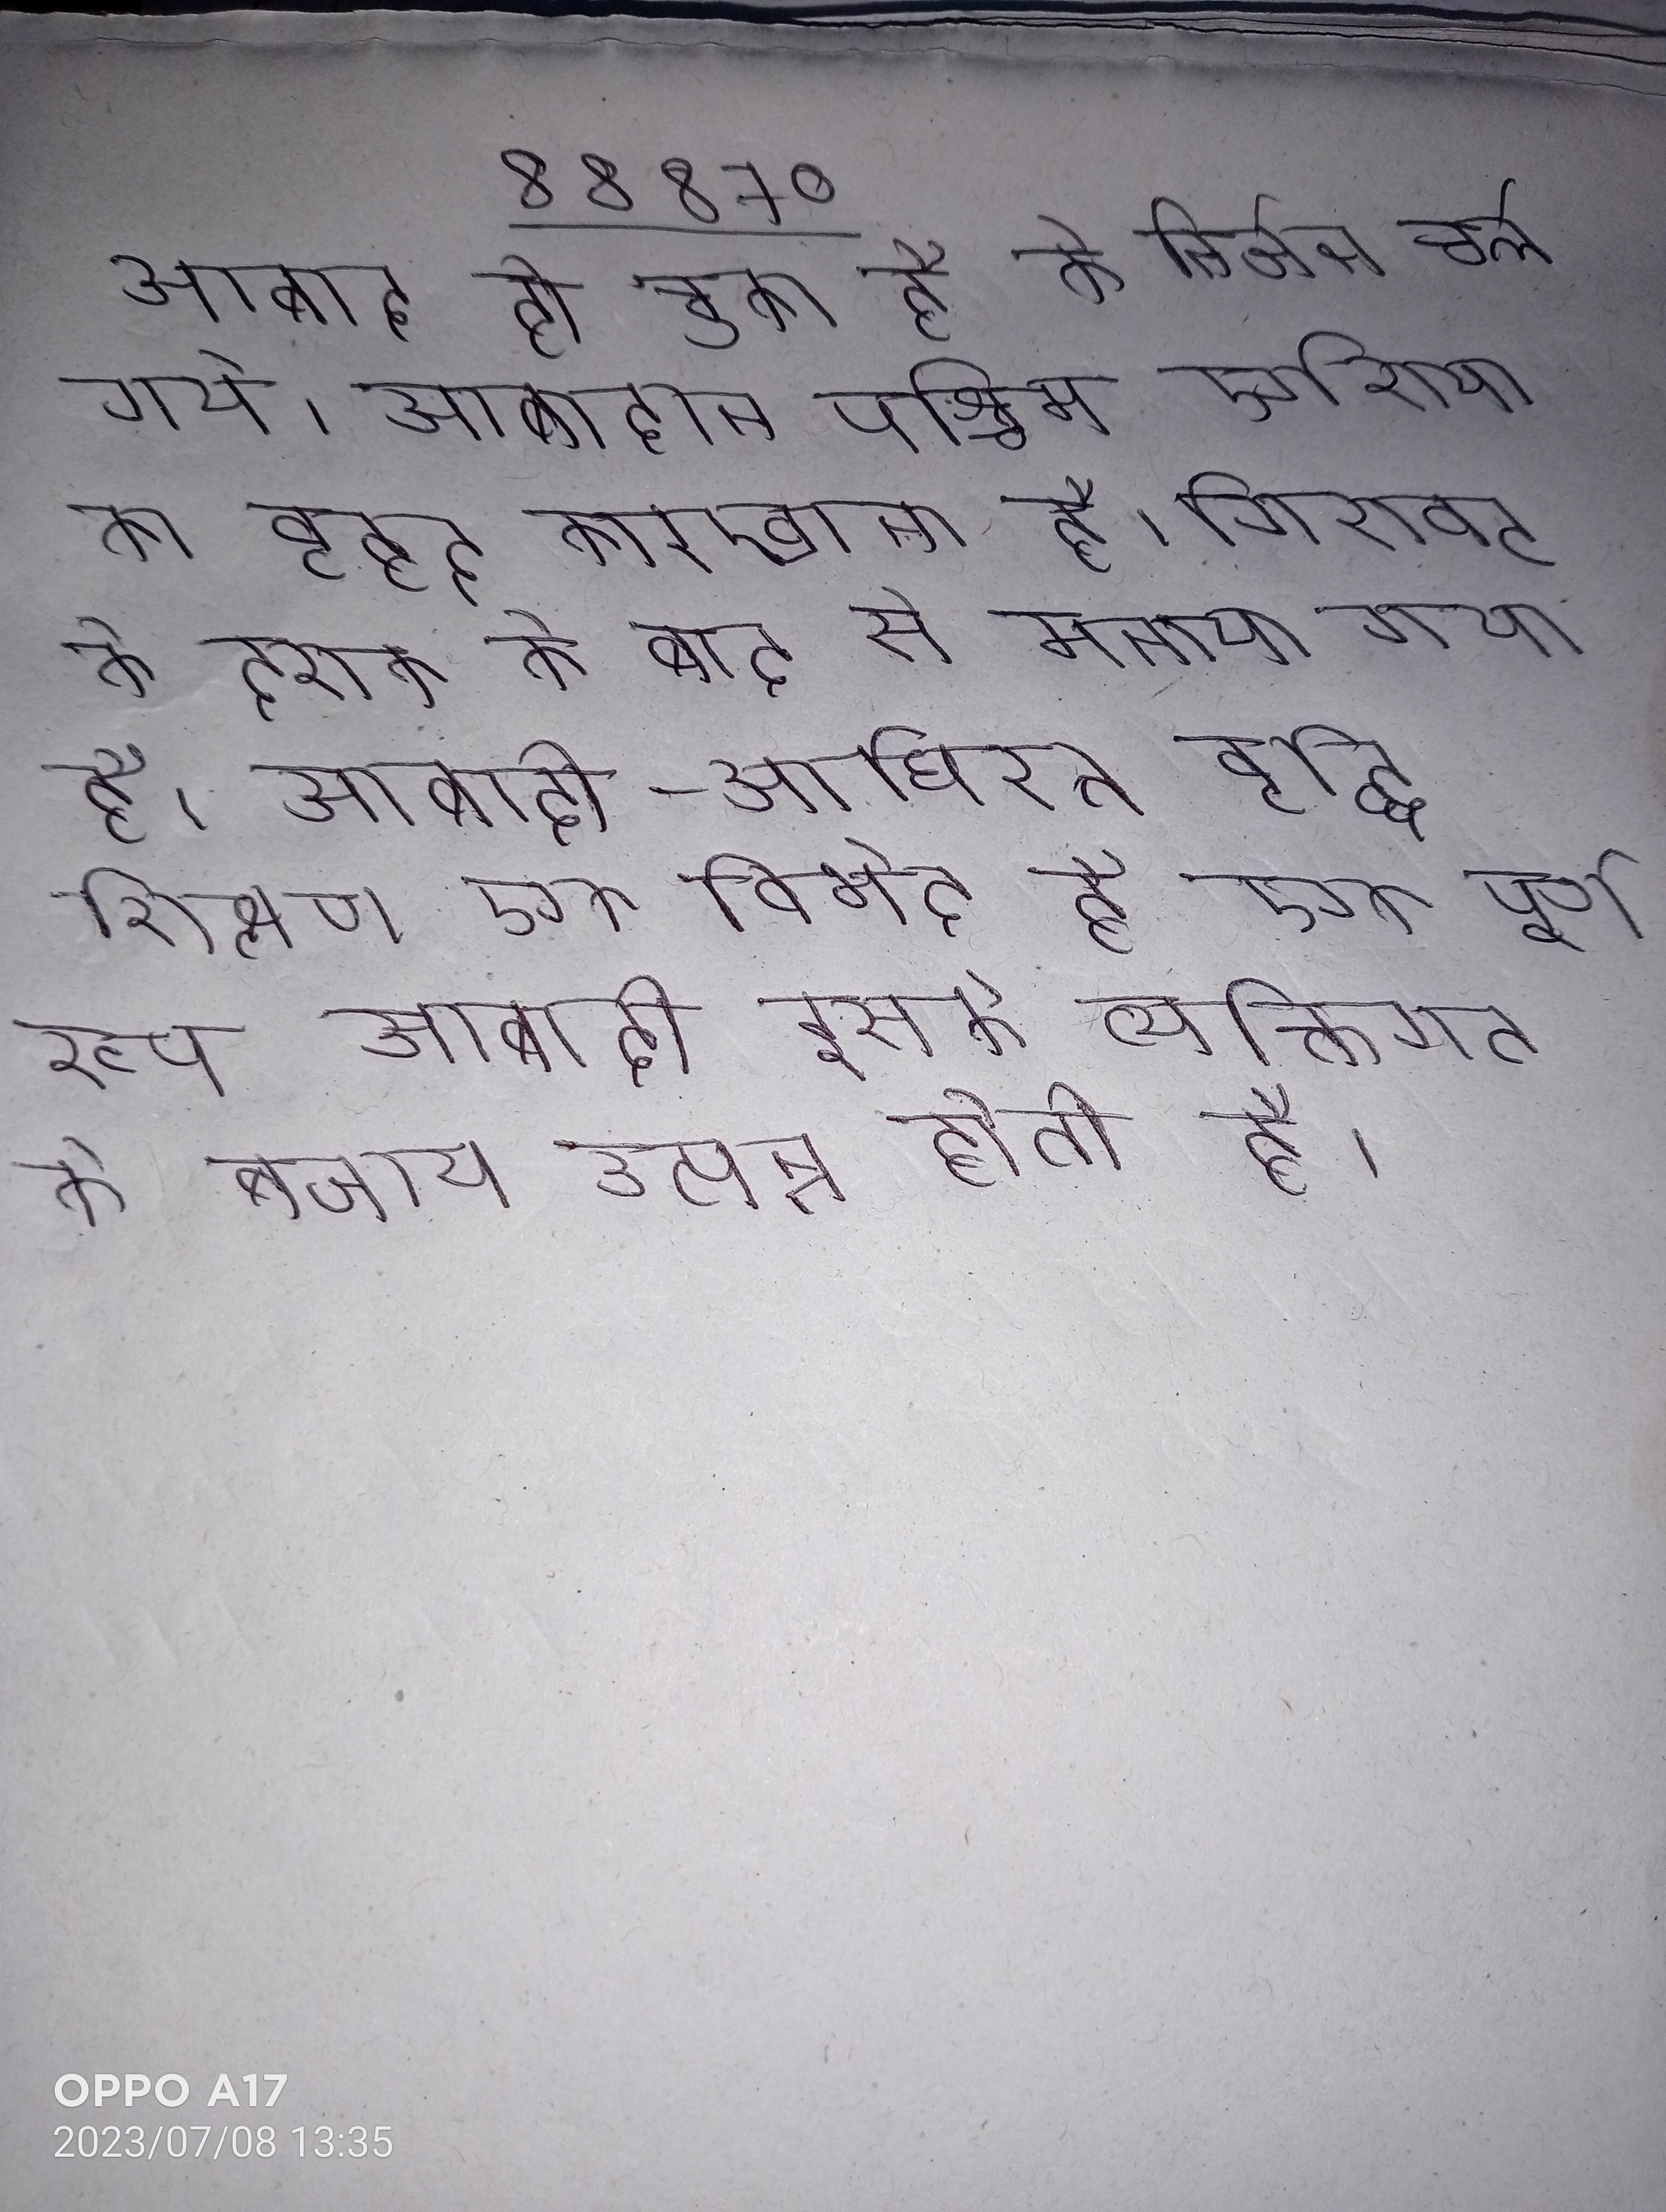
आबाद हो चुका है के निर्जन चले गये । आबादान पश्चिम एशिया का वृहद कारखाना है । गिरावट के दशक के बाद से मनाया गया है । आबादी-आधारित वृद्धि शिक्षण एक विभेद है एक पूर्ण रूप आबादी इसके व्यक्तिगत के बजाय उत्पन्न होती है ।